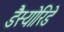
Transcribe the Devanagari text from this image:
डैस्योरिडे